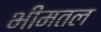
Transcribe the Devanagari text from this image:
भीमतल